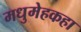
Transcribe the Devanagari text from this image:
मधुमेहकहा